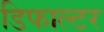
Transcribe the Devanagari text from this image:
डिफाल्टर